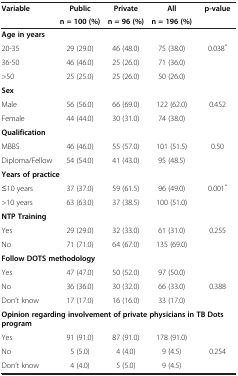
<table><thead><tr><td><b>Variable</b></td><td><b>Public</b></td><td><b>Private</b></td><td><b>All</b></td><td><b>p-value</b></td></tr><tr><td>[EMPTY_CELL]</td><td><b>n = 100 (%)</b></td><td><b>n = 96 (%)</b></td><td><b>n = 196 (%)</b></td><td>[EMPTY_CELL]</td></tr></thead><tbody><tr><td colspan="5"><b>Age in years</b></td></tr><tr><td>20-35</td><td>29 (29.0)</td><td>46 (48.0)</td><td>75 (38.0)</td><td>0.038<sup>*</sup></td></tr><tr><td>36-50</td><td>46 (46.0)</td><td>25 (26.0)</td><td>71 (36.0)</td><td>[EMPTY_CELL]</td></tr><tr><td>&gt;50</td><td>25 (25.0)</td><td>25 (26.0)</td><td>50 (26.0)</td><td>[EMPTY_CELL]</td></tr><tr><td colspan="4"><b>Sex</b></td><td>[EMPTY_CELL]</td></tr><tr><td>Male</td><td>56 (56.0)</td><td>66 (69.0)</td><td>122 (62.0)</td><td>0.452</td></tr><tr><td>Female</td><td>44 (44.0)</td><td>30 (31.0)</td><td>74 (38.0)</td><td>[EMPTY_CELL]</td></tr><tr><td colspan="4"><b>Qualification</b></td><td>[EMPTY_CELL]</td></tr><tr><td>MBBS</td><td>46 (46.0)</td><td>55 (57.0)</td><td>101 (51.5)</td><td>0.50</td></tr><tr><td>Diploma/Fellow</td><td>54 (54.0)</td><td>41 (43.0)</td><td>95 (48.5)</td><td>[EMPTY_CELL]</td></tr><tr><td colspan="5"><b>Years of practice</b></td></tr><tr><td>≤10 years</td><td>37 (37.0)</td><td>59 (61.5)</td><td>96 (49.0)</td><td>0.001<sup>*</sup></td></tr><tr><td>&gt;10 years</td><td>63 (63.0)</td><td>37 (38.5)</td><td>100 (51.0)</td><td>[EMPTY_CELL]</td></tr><tr><td colspan="5"><b>NTP Training</b></td></tr><tr><td>Yes</td><td>29 (29.0)</td><td>32 (33.0)</td><td>61 (31.0)</td><td>0.255</td></tr><tr><td>No</td><td>71 (71.0)</td><td>64 (67.0)</td><td>135 (69.0)</td><td>[EMPTY_CELL]</td></tr><tr><td colspan="5"><b>Follow DOTS methodology</b></td></tr><tr><td>Yes</td><td>47 (47.0)</td><td>50 (52.0)</td><td>97 (50.0)</td><td>[EMPTY_CELL]</td></tr><tr><td>No</td><td>36 (36.0)</td><td>30 (32.0)</td><td>66 (33.0)</td><td>0.388</td></tr><tr><td>Don’t know</td><td>17 (17.0)</td><td>16 (16.0)</td><td>33 (17.0)</td><td>[EMPTY_CELL]</td></tr><tr><td colspan="5"><b>Opinion regarding involvement of private physicians in TB Dots program</b></td></tr><tr><td>Yes</td><td>91 (91.0)</td><td>87 (91.0)</td><td>178 (91.0)</td><td>[EMPTY_CELL]</td></tr><tr><td>No</td><td>5 (5.0)</td><td>4 (4.0)</td><td>9 (4.5)</td><td>0.254</td></tr><tr><td>Don’t know</td><td>4 (4.0)</td><td>5 (5.0)</td><td>9 (4.5)</td><td>[EMPTY_CELL]</td></tr></tbody></table>